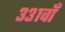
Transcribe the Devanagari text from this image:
३३१वाँ